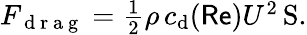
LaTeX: \begin{array}{r}{F_{\mathrm{~d~r~a~g~}}=\frac 12\rho\, c_{\mathrm d}(\mathsf{Re})U^{2}\operatorname S.}\end{array}